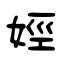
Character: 娙